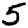
Digit: 5